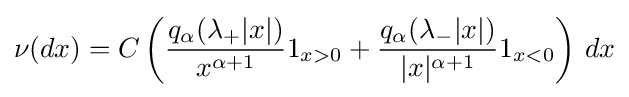
\nu (dx)=C\left({\frac {q_{\alpha }(\lambda _{+}|x|)}{x^{\alpha +1}}}1_{x>0}+{\frac {q_{\alpha }(\lambda _{-}|x|)}{|x|^{\alpha +1}}}1_{x<0}\right)\,dx